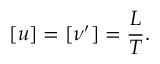
[ u ] = [ \nu ^ { \prime } ] = \frac { L } { T } .